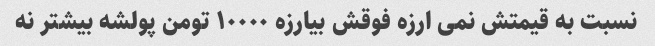
نسبت به قیمتش نمی ارزه فوقش بیارزه ۱۰۰۰۰ تومن پولشه بیشتر نه